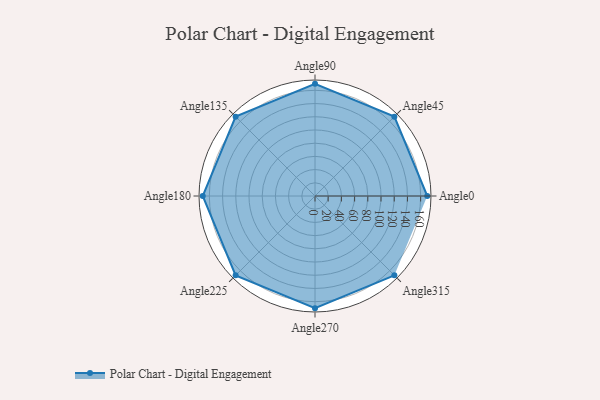
{"axis": {"x": "Angle", "y": "Radius"}, "legend": [""], "data": [{"x": "Angle0", "y": 170, "type": ""}, {"x": "Angle45", "y": 170, "type": ""}, {"x": "Angle90", "y": 170, "type": ""}, {"x": "Angle135", "y": 170, "type": ""}, {"x": "Angle180", "y": 170, "type": ""}, {"x": "Angle225", "y": 170, "type": ""}, {"x": "Angle270", "y": 170, "type": ""}, {"x": "Angle315", "y": 170, "type": ""}]}